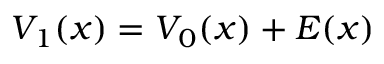
V _ { 1 } ( x ) = V _ { 0 } ( x ) + E ( x )